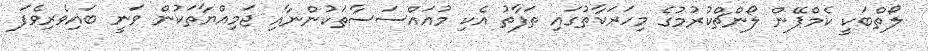
ލޯތްބަކީ ކެމްޕޭން ލޯންޗްކުރުމުގެ މިހަރަކާތުގައި ތަފާތު އެކި މުއައްސަސާތަކުންނާއި ޖަމިއްޔާތަކުން ވަނީ ބައިވެރިވެފަ